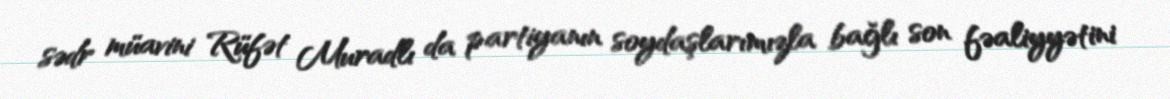
sədr müavini Rüfət Muradlı da partiyanın soydaşlarımızla bağlı son fəaliyyətini